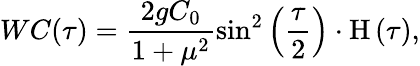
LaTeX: WC(\tau)=\frac{2gC_{0}}{1+\mu^{2}}\sin^{2}\left({\frac{\tau}{2}}\right)\cdot\mathrm{H}\left(\tau\right),